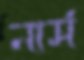
নার্স